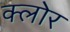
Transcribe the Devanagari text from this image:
क्लोर